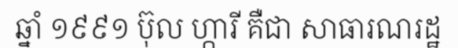
ឆ្នាំ ១៩៩១ ប៊ុល ហ្ការី គឺជា សាធារណរដ្ឋ